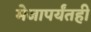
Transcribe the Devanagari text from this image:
मेजापर्यंतही